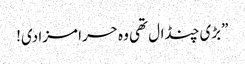
”بڑی چنڈال تھی وہ حرا مزا دی!